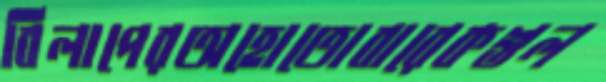
বিলাপেরঅহোতোবারেকশুল